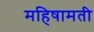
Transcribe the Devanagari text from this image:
महिषामती